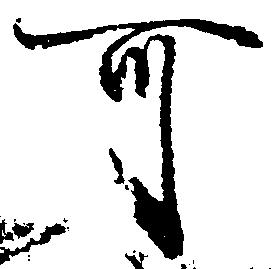
可